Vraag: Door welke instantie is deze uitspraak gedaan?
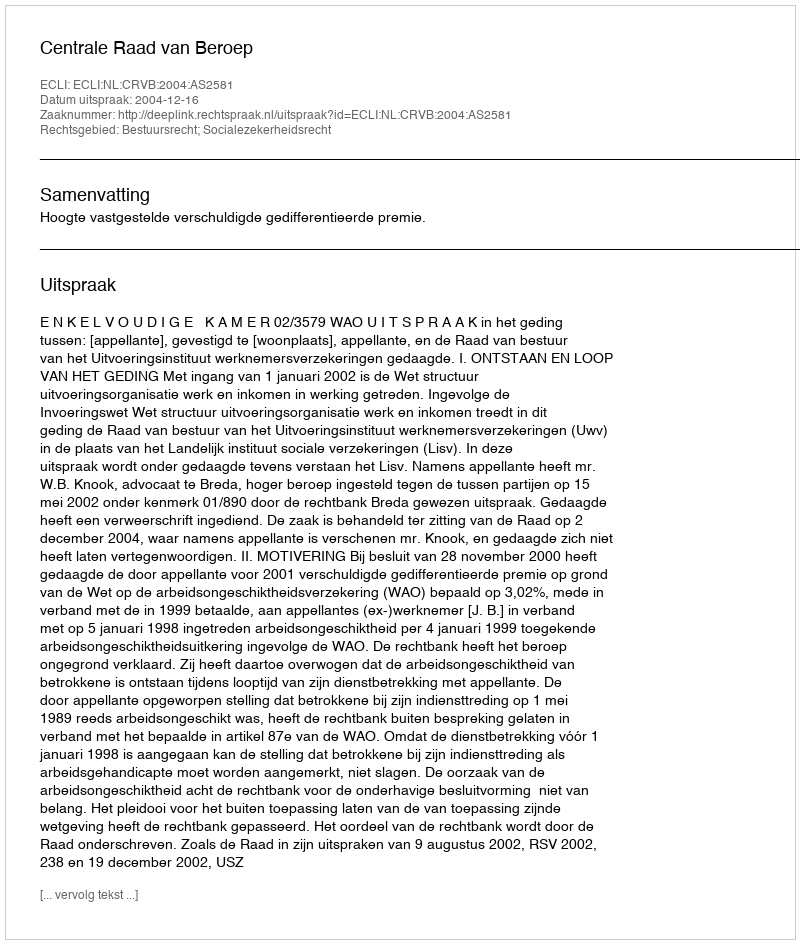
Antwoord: Centrale Raad van Beroep